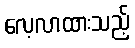
လေ့လာထားသည့်